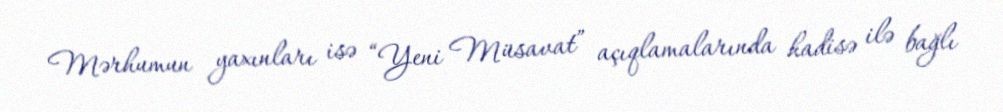
Mərhumun yaxınları isə “Yeni Müsavat” açıqlamalarında hadisə ilə bağlı